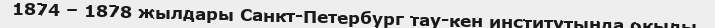
1874 – 1878 жылдары Санкт-Петербург тау-кен институтында оқыды.